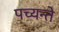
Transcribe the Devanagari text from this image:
पच्यन्ते